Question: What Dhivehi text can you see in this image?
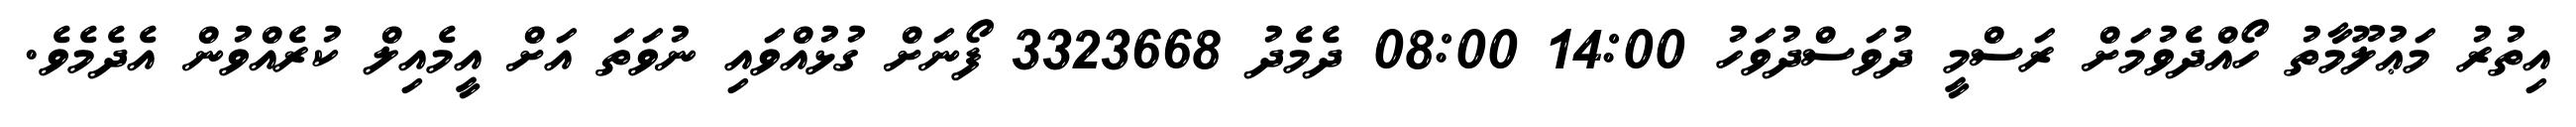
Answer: އިތުރު މަޢުލޫމާތު ހޯއްދެވުމަށް ރަސްމީ ދުވަސްދުވަހު 14:00 08:00 ދެމެދު 3323668 ފޯނަށް ގުޅުއްވައި ނުވަތަ އަށް އީމެއިލް ކުރެއްވުން އެދެމެވެ.